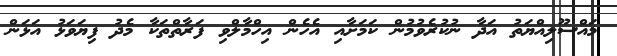
މައްސޫލިއްޔަތު އަދާ ނުކުރެވުމުން ކަމަށާއި އެހެން އިހްމާލްވި ފަރާތްތަކާ މެދު ފިޔަވަޅު އަޅަން